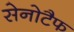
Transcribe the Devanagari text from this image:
सेनोटैफ